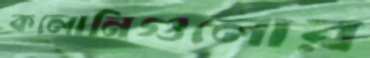
কলোনিগুলোর